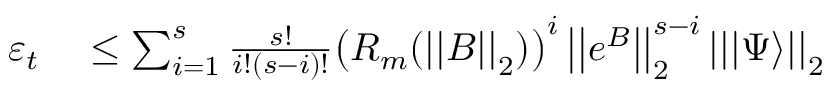
\begin{array} { r l } { \varepsilon _ { t } } & { { } \leq \sum _ { i = 1 } ^ { s } \frac { s ! } { i ! ( s - i ) ! } \big ( R _ { m } ( \left| \left| B \right| \right| _ { 2 } ) \big ) ^ { i } \left| \left| e ^ { B } \right| \right| _ { 2 } ^ { s - i } \left| \left| | \Psi \rangle \right| \right| _ { 2 } } \end{array}